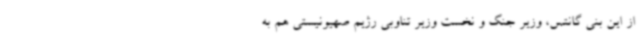
از این بنی گانتس، وزیر جنگ و نخست وزیر تناوبی رژیم صهیونیستی هم به